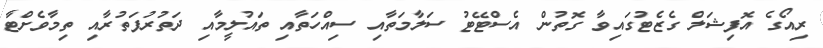
ރިއޯގެ އޮފިޝަލް ގެޒެޓުގައިވާ ގޮތުން އެސްޓޭޓު ސަލާމަތާއި ސިއްހަތާއި ތައުލީމާއި ދަތުރުފަތުރާއި ތިމާވެށްޓާ